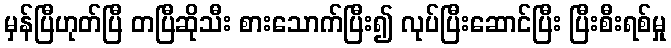
မှန်ပြီဟုတ်ပြီ တပြီဆိုသီး စားသောက်ပြီး၍ လုပ်ပြီးဆောင်ပြီး ပြီးစီးရစ်မှု